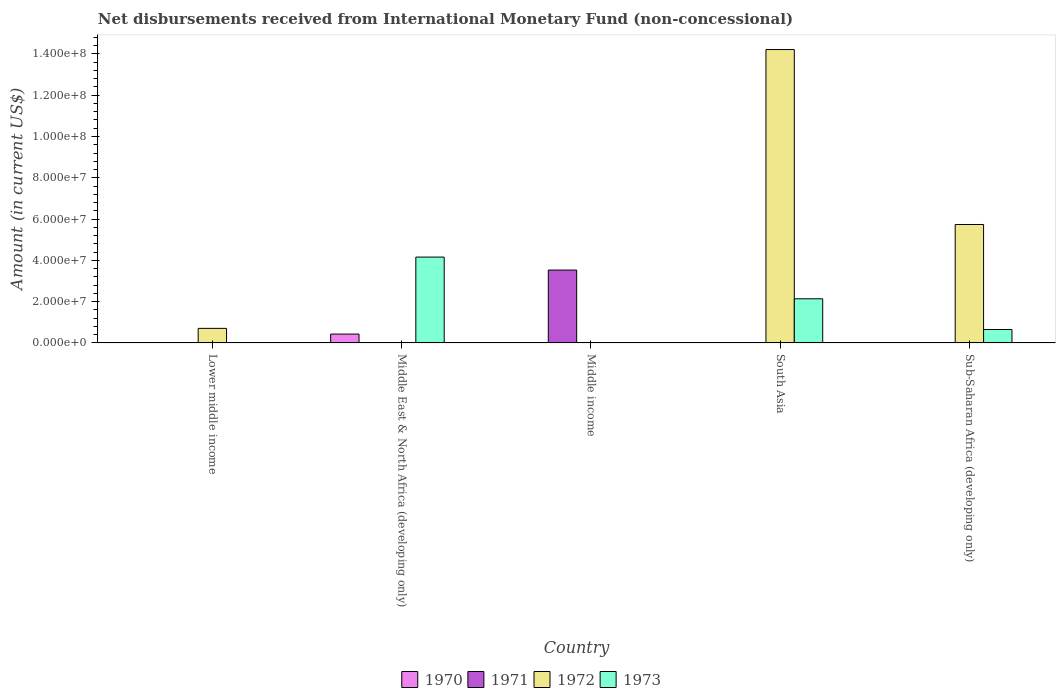
| Country | 1970 | 1971 | 1972 | 1973 |
 | --- | --- | --- | --- | --- |
 | Lower middle income | -2.66e+07 | -2.57e+07 | 7.06e+06 | -5.09e+07 |
 | Middle East & North Africa (developing only) | 4.3e+06 | -2.56e+06 | -8.06e+07 | 4.16e+07 |
 | Middle income | -1.57e+08 | 3.53e+07 | -9.49e+07 | -1.57e+08 |
 | South Asia | -4.59e+07 | -1.32e+07 | 1.42e+08 | 2.14e+07 |
 | Sub-Saharan Africa (developing only) | -4.43e+07 | -1.79e+07 | 5.74e+07 | 6.51e+06 |